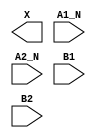
module sky130_fd_sc_hd__o2bb2a (
    X   ,
    A1_N,
    A2_N,
    B1  ,
    B2
);

    output X   ;
    input  A1_N;
    input  A2_N;
    input  B1  ;
    input  B2  ;

    // Voltage supply signals
    supply1 VPWR;
    supply0 VGND;
    supply1 VPB ;
    supply0 VNB ;

endmodule